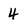
Character: 4